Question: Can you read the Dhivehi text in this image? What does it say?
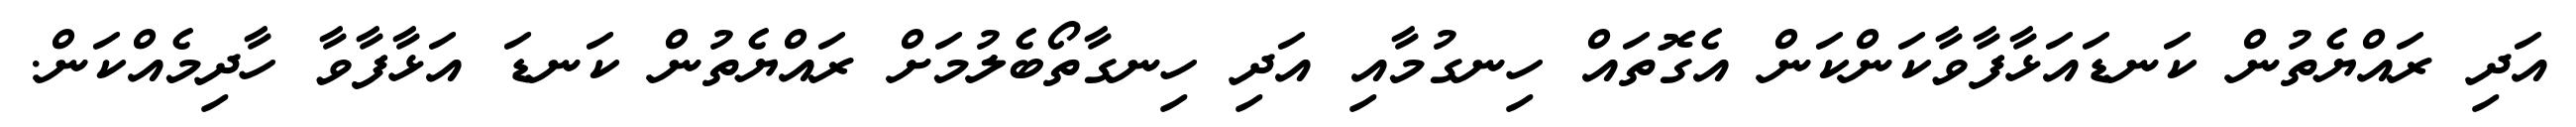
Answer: އަދި ރައްޔެތުން ކަނޑައަޅާފާވާކަންކަން އެގޮތައް ހިނގުމާއި އަދި ހިނގާތޯބެލުމަށް ރައްޔެތުން ކަނޑަ އަޅާފާވާ ހާދިމެއްކަން.